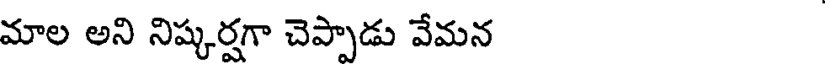
మాల అని నిష్కర్షగా చెప్పాడు వేమన